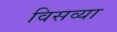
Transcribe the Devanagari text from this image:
विसव्या